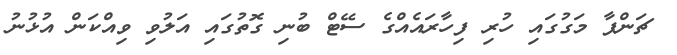
ޗަންޕާ މަގުގައި ހުރި ފިހާރައެއްގެ ސޭޓް ބުނި ގޮތުގައި އަލުވި ވިއްކަން އުޅުނު